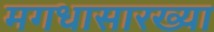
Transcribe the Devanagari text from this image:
मगधासारख्या